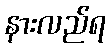
နားလည်ရ